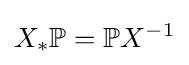
X_{*}\mathbb {P} =\mathbb {P} X^{-1}